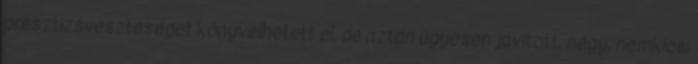
presztízsveszteséget könyvelhetett el, de aztán ügyesen javított, négy, nemkicsi